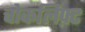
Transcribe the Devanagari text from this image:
चोकलिफ़्ट